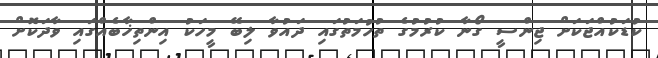
ކުޑަކުއްޖަކަށް ޖިންސީ ގޯނާ ކުރުމުގެ ތުހުމަތުގައި ދައުވާ ލިބޭ މީހަކު އިންތިޚާބެއްގައި ވާދަކޮށް